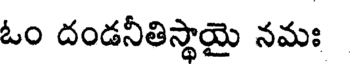
ఓం దండనీతిస్థాయై నమః